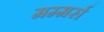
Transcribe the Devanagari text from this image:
मम्मर्स